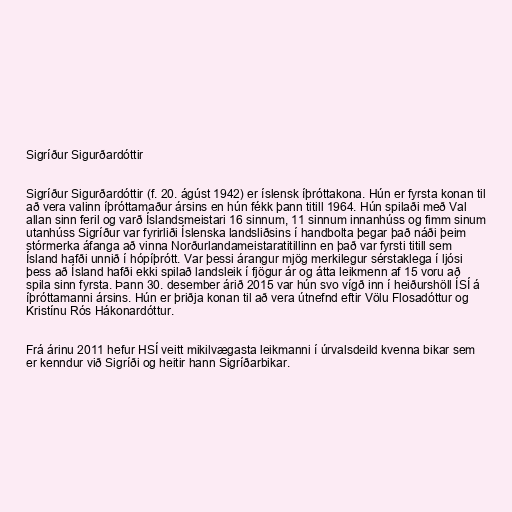
Sigríður Sigurðardóttir

Sigríður Sigurðardóttir (f. 20. ágúst 1942) er íslensk íþróttakona. Hún er fyrsta konan til
að vera valinn íþróttamaður ársins en hún fékk þann titill 1964. Hún spilaði með Val
allan sinn feril og varð Íslandsmeistari 16 sinnum, 11 sinnum innanhúss og fimm sinum
utanhúss Sigríður var fyrirliði Íslenska landsliðsins í handbolta þegar það náði þeim
stórmerka áfanga að vinna Norðurlandameistaratitillinn en það var fyrsti titill sem
Ísland hafði unnið í hópíþrótt. Var þessi árangur mjög merkilegur sérstaklega í ljósi
þess að Ísland hafði ekki spilað landsleik í fjögur ár og átta leikmenn af 15 voru að
spila sinn fyrsta. Þann 30. desember árið 2015 var hún svo vígð inn í heiðurshöll ÍSÍ á
íþróttamanni ársins. Hún er þriðja konan til að vera útnefnd eftir Völu Flosadóttur og
Kristínu Rós Hákonardóttur.

Frá árinu 2011 hefur HSÍ veitt mikilvægasta leikmanni í úrvalsdeild kvenna bikar sem
er kenndur við Sigríði og heitir hann Sigríðarbikar.